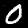
Digit: 0